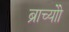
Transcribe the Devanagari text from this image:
ब्राच्योो